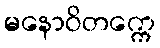
မနောဝိတက္ကေ